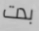
بدت